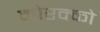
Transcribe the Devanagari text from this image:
मोरक्को